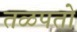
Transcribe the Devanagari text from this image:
तळपतो